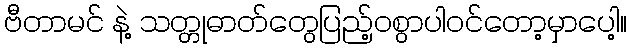
ဗီတာမင် နဲ့ သတ္တုဓာတ်တွေပြည့်ဝစွာပါဝင်တော့မှာပေါ့။